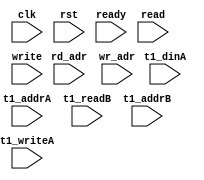
module ip_top_sva_2_nr1w_dup
  #(
parameter     WIDTH = 8,
parameter     NUMRDPT = 4,
parameter     NUMADDR = 8192,
parameter     BITADDR = 13,
parameter     NUMVROW = 256,
parameter     BITVROW = 8,
parameter     NUMCOLS = 4,
parameter     BITCOLS = 2,
parameter     NUMVBNK = 8,
parameter     BITVBNK = 3)
(
  input clk,
  input rst,
  input ready,
  input [NUMRDPT-1:0] read,
  input [NUMRDPT*BITADDR-1:0] rd_adr,
  input write,
  input [BITADDR-1:0]  wr_adr,
  input [NUMRDPT*NUMVBNK-1:0] t1_writeA,
  input [NUMRDPT*NUMVBNK*(BITVROW+BITCOLS)-1:0] t1_addrA,
  input [NUMRDPT*NUMVBNK*WIDTH-1:0] t1_dinA,
  input [NUMRDPT*NUMVBNK-1:0] t1_readB,
  input [NUMRDPT*NUMVBNK*(BITVROW+BITCOLS)-1:0] t1_addrB
);
`ifdef FORMAL
//synopsys translate_off

//assert_wr_range_check: assume property (@(posedge clk) disable iff (!ready) write |-> (wr_adr < NUMADDR));
genvar rd_int;
generate for (rd_int=0; rd_int<NUMRDPT; rd_int=rd_int+1) begin: rd_loop
  wire read_wire = read >> rd_int;
  wire [BITADDR-1:0] rd_adr_wire = rd_adr >> (rd_int*BITADDR);

  //assert_rd_range_check: assume property (@(posedge clk) disable iff (!ready) read_wire |-> (rd_adr_wire < NUMADDR));
end
endgenerate

genvar t1_vbnk_int, t1_prpt_int;
generate for (t1_vbnk_int=0; t1_vbnk_int<NUMVBNK; t1_vbnk_int=t1_vbnk_int+1) begin: t1_vbnk_loop
  for (t1_prpt_int=0; t1_prpt_int<NUMRDPT; t1_prpt_int=t1_prpt_int+1) begin: t1_prpt_loop
    wire t1_writeA_wire = t1_writeA >> (NUMRDPT*t1_vbnk_int+t1_prpt_int);
    wire [(BITVROW+BITCOLS)-1:0] t1_addrA_wire = t1_addrA >> ((NUMRDPT*t1_vbnk_int+t1_prpt_int)*(BITVROW+BITCOLS));
    wire [BITVROW-1:0] t1_rowA_wire = t1_addrA_wire >> BITCOLS;
    wire [BITCOLS-1:0] t1_colA_wire = t1_addrA_wire;
    wire [WIDTH-1:0] t1_dinA_wire = t1_dinA >> ((NUMRDPT*t1_vbnk_int+t1_prpt_int)*WIDTH);

    wire t1_readB_wire = t1_readB >> (NUMRDPT*t1_vbnk_int+t1_prpt_int);
    wire [(BITVROW+BITCOLS)-1:0] t1_addrB_wire = t1_addrB >> ((NUMRDPT*t1_vbnk_int+t1_prpt_int)*(BITVROW+BITCOLS));
    wire [BITVROW-1:0] t1_rowB_wire = t1_addrB_wire >> BITCOLS;
    wire [BITCOLS-1:0] t1_colB_wire = t1_addrB_wire;

    assert_t1_wr_range_check: assert property (@(posedge clk) disable iff (rst) t1_writeA_wire |-> (t1_addrA_wire < NUMVROW*NUMCOLS));
//    assert_t1_rd_range_check: assert property (@(posedge clk) disable iff (rst) t1_readB_wire |-> (t1_addrB_wire < NUMVROW*NUMCOLS));
//    assert_t1_rw_pseudo_check: assert property (@(posedge clk) disable iff (rst) (t1_writeA_wire && t1_readB_wire) |-> (t1_rowA_wire != t1_rowB_wire));
  end
end
endgenerate
//synopsys translate_on
`endif
endmodule


module ip_top_sva_nr1w_dup
  #(
parameter     WIDTH   = 32,
parameter     BITWDTH = 5,
parameter     ENAPAR = 0,
parameter     ENAECC = 0,
parameter     NUMRDPT = 2,
parameter     NUMADDR = 8192,
parameter     BITADDR = 13,
parameter     NUMVBNK = 8,
parameter     BITVBNK = 3,
parameter     BITPADR = 13,
parameter     NUMVROW = 256,
parameter     BITVROW = 8,
parameter     NUMCOLS = 4,
parameter     BITCOLS = 2,
parameter     SRAM_DELAY = 2,
parameter     FLOPIN = 0,
parameter     FLOPOUT = 0
   )
(
  input clk,
  input rst,
  input ready,
  input [NUMRDPT*NUMVBNK-1:0] t1_writeA,
  input [NUMRDPT*NUMVBNK*(BITVROW+BITCOLS)-1:0] t1_addrA,
  input [NUMRDPT*NUMVBNK*WIDTH-1:0] t1_dinA,
  input [NUMRDPT*NUMVBNK-1:0] t1_readB,
  input [NUMRDPT*NUMVBNK*(BITVROW+BITCOLS)-1:0] t1_addrB,
  input [NUMRDPT*NUMVBNK*WIDTH-1:0] t1_doutB,
  input [NUMRDPT*NUMVBNK-1:0] t1_fwrdB,
  input [NUMRDPT*NUMVBNK-1:0] t1_serrB,
  input [NUMRDPT*NUMVBNK-1:0] t1_derrB,
  input [NUMRDPT*NUMVBNK*(BITPADR-BITVBNK)-1:0] t1_padrB,
  input write,
  input [BITADDR-1:0]  wr_adr,
  input [WIDTH-1:0] din,
  input [NUMRDPT-1:0] read,
  input [NUMRDPT*BITADDR-1:0] rd_adr,
  input [NUMRDPT-1:0] rd_fwrd,
  input [NUMRDPT-1:0] rd_serr,
  input [NUMRDPT-1:0] rd_derr,
  input [NUMRDPT*BITPADR-1:0] rd_padr,
  input [NUMRDPT-1:0] rd_vld,
  input [NUMRDPT*WIDTH-1:0] rd_dout,
  input [BITADDR-1:0] select_addr,
  input [BITWDTH-1:0] select_bit
);
`ifdef FORMAL
//synopsys translate_off

wire [BITVBNK-1:0] select_bank;
wire [(BITVROW+BITCOLS)-1:0] select_vrow;
np2_addr #(
  .NUMADDR (NUMADDR), .BITADDR (BITADDR),
  .NUMVBNK (NUMVBNK), .BITVBNK (BITVBNK),
  .NUMVROW (NUMVROW*NUMCOLS), .BITVROW (BITVROW+BITCOLS))
  sel_adr (.vbadr(select_bank), .vradr(select_vrow), .vaddr(select_addr));

wire [BITVROW-1:0] select_row = select_vrow >> BITCOLS;
wire [BITCOLS-1:0] select_col = select_vrow;

reg [BITPADR-BITVBNK-1:0] t1_padrB_sel [0:NUMRDPT-1];
integer t1_padr_int;
always_comb
  for (t1_padr_int=0; t1_padr_int<NUMRDPT; t1_padr_int=t1_padr_int+1)
    t1_padrB_sel[t1_padr_int] = t1_padrB >> ((NUMRDPT*select_bank+t1_padr_int)*(BITPADR-BITVBNK));

reg t1_writeA_wire [0:NUMRDPT-1][0:NUMVBNK-1];
reg [(BITVROW+BITCOLS)-1:0] t1_addrA_wire [0:NUMRDPT-1][0:NUMVBNK-1];
reg [WIDTH-1:0] t1_dinA_wire [0:NUMRDPT-1][0:NUMVBNK-1];
reg t1_readB_wire [0:NUMRDPT-1][0:NUMVBNK-1];
reg [(BITVROW+BITCOLS)-1:0] t1_addrB_wire [0:NUMRDPT-1][0:NUMVBNK-1];
integer t1_prpt_int, t1_vbnk_int;
always_comb
  for (t1_vbnk_int=0; t1_vbnk_int<NUMVBNK; t1_vbnk_int=t1_vbnk_int+1) begin
    for (t1_prpt_int=0; t1_prpt_int<NUMRDPT; t1_prpt_int=t1_prpt_int+1) begin
      t1_writeA_wire[t1_prpt_int][t1_vbnk_int] = t1_writeA >> (NUMRDPT*t1_vbnk_int+t1_prpt_int);
      t1_addrA_wire[t1_prpt_int][t1_vbnk_int] = t1_addrA >> ((NUMRDPT*t1_vbnk_int+t1_prpt_int)*(BITVROW+BITCOLS));
      t1_dinA_wire[t1_prpt_int][t1_vbnk_int] = t1_dinA >> ((NUMRDPT*t1_vbnk_int+t1_prpt_int)*WIDTH);
      t1_readB_wire[t1_prpt_int][t1_vbnk_int] = t1_readB >> (NUMRDPT*t1_vbnk_int+t1_prpt_int);
      t1_addrB_wire[t1_prpt_int][t1_vbnk_int] = t1_addrB >> ((NUMRDPT*t1_vbnk_int+t1_prpt_int)*(BITVROW+BITCOLS));
    end
  end

reg read_wire [0:NUMRDPT-1];
reg [BITADDR-1:0] rd_adr_wire [0:NUMRDPT-1];
reg rd_vld_wire [0:NUMRDPT-1];
reg [WIDTH-1:0] rd_dout_wire [0:NUMRDPT-1];
reg rd_fwrd_wire [0:NUMRDPT-1];
reg rd_serr_wire [0:NUMRDPT-1];
reg rd_derr_wire [0:NUMRDPT-1];
reg [BITPADR-1:0] rd_padr_wire [0:NUMRDPT-1];
integer rd_int;
always_comb
  for (rd_int=0; rd_int<NUMRDPT; rd_int=rd_int+1) begin
    read_wire[rd_int] = read >> rd_int;
    rd_adr_wire[rd_int] = rd_adr >> (rd_int*BITADDR);
    rd_vld_wire[rd_int] = rd_vld >> rd_int;
    rd_dout_wire[rd_int] = rd_dout >> (rd_int*WIDTH);
    rd_fwrd_wire[rd_int] = rd_fwrd >> rd_int;
    rd_serr_wire[rd_int] = rd_serr >> rd_int;
    rd_derr_wire[rd_int] = rd_derr >> rd_int;
    rd_padr_wire[rd_int] = rd_padr >> (rd_int*BITPADR);
  end

reg meminv [0:NUMRDPT-1];
reg mem [0:NUMRDPT-1];
integer mem_int;
always @(posedge clk)
  for (mem_int=0; mem_int<NUMRDPT; mem_int=mem_int+1)
    if (rst)
      meminv[mem_int] <= 1'b1;
    else if (t1_writeA_wire[mem_int][select_bank] && (t1_addrA_wire[mem_int][select_bank] == select_vrow)) begin
      meminv[mem_int] <= 1'b0;
      mem[mem_int] <= t1_dinA_wire[mem_int][select_bank][select_bit];
    end
      
genvar memr_int;
generate for (memr_int=0; memr_int<NUMRDPT; memr_int=memr_int+1) begin: memr_loop
  assert_pdout_check: assert property (@(posedge clk) disable iff (rst)
				       (t1_readB_wire[memr_int][select_bank] && (t1_addrB_wire[memr_int][select_bank] == select_vrow)) |-> ##SRAM_DELAY
                                       ($past(meminv[memr_int],SRAM_DELAY) || (t1_doutB[(select_bank*NUMRDPT+memr_int)*WIDTH+select_bit] == $past(mem[memr_int],SRAM_DELAY))));
end
endgenerate

reg fakememinv;
reg fakemem;
always @(posedge clk)
  if (rst) 
    fakememinv <= 1'b1;
  else if (write && (wr_adr == select_addr)) begin
    fakememinv <= 1'b0;
    fakemem <= din[select_bit];
  end

genvar fake_int;
generate if (FLOPIN) begin: fake_flp_loop
  for (fake_int=0; fake_int<NUMRDPT; fake_int=fake_int+1) begin: fake_loop
    assert_fakemem_check: assert property (@(posedge clk) disable iff (rst) 1'b1 |-> ##1
					   ($past(fakememinv) || ($past(fakemem) == (core.select_vld[fake_int] ? core.select_dat[fake_int] : mem[fake_int]))));
  end
end else begin: fake_noflp_loop
  for (fake_int=0; fake_int<NUMRDPT; fake_int=fake_int+1) begin: fake_loop
    assert_fakemem_check: assert property (@(posedge clk) disable iff (rst)
					   (fakememinv || (fakemem == (core.select_vld[fake_int] ? core.select_dat[fake_int] : mem[fake_int]))));
  end
end
endgenerate

genvar doutr_int;
generate for (doutr_int=0; doutr_int<NUMRDPT; doutr_int=doutr_int+1) begin: doutr_loop
  wire read_wire = read >> doutr_int;
  wire [BITADDR-1:0] rd_adr_wire = rd_adr >> (doutr_int*BITADDR);
  wire rd_vld_wire = rd_vld >> doutr_int;
  wire [WIDTH-1:0] rd_dout_wire = rd_dout >> (doutr_int*WIDTH);
  wire rd_fwrd_wire = rd_fwrd >> doutr_int;
  wire rd_serr_wire = rd_serr >> doutr_int;
  wire rd_derr_wire = rd_derr >> doutr_int;
  wire [BITPADR-1:0] rd_padr_wire = rd_padr >> (doutr_int*BITPADR);

  wire t1_fwrdB_sel_wire = t1_fwrdB >>  (NUMVBNK*doutr_int+select_bank);
  wire t1_serrB_sel_wire = t1_serrB >>  (NUMVBNK*doutr_int+select_bank);
  wire t1_derrB_sel_wire = t1_derrB >>  (NUMVBNK*doutr_int+select_bank);
  wire [BITPADR-BITVBNK-1:0] t1_padrB_sel_wire = t1_padrB >> ((NUMVBNK*doutr_int+select_bank)*(BITPADR-BITVBNK));

  assert_dout_check: assert property (@(posedge clk) disable iff (rst) (read_wire && (rd_adr_wire == select_addr)) |-> ##(FLOPIN+SRAM_DELAY+FLOPOUT)
                                      (rd_vld_wire && ($past(fakememinv,FLOPIN+SRAM_DELAY+FLOPOUT) ||
                                                       (!rd_fwrd_wire && (ENAPAR ? rd_serr_wire : ENAECC ? rd_derr_wire : 1'b0)) ||
                                                       (rd_dout_wire[select_bit] == $past(fakemem,FLOPIN+SRAM_DELAY+FLOPOUT)))));
  assert_fwrd_check: assert property (@(posedge clk) disable iff (rst) (read_wire && (rd_adr_wire == select_addr)) |-> ##(FLOPIN+SRAM_DELAY+FLOPOUT)
                                      ($past(fakememinv,FLOPIN+SRAM_DELAY+FLOPOUT) ||
                                       $past(fakemem==mem[doutr_int],FLOPIN+SRAM_DELAY+FLOPOUT) || rd_fwrd_wire) &&
                                      (rd_fwrd_wire || !(FLOPOUT ? $past(t1_fwrdB_sel_wire) : t1_fwrdB_sel_wire)));
  assert_derr_check: assert property (@(posedge clk) disable iff (rst) (read_wire && (rd_adr_wire == select_addr)) |-> ##(FLOPIN+SRAM_DELAY+FLOPOUT)
                                      ($past(fakememinv,FLOPIN+SRAM_DELAY+FLOPOUT) ||
                                       ((rd_serr_wire == (FLOPOUT ? $past(t1_serrB_sel_wire) : t1_serrB_sel_wire)) &&
                                        (rd_derr_wire == (FLOPOUT ? $past(t1_derrB_sel_wire) : t1_derrB_sel_wire)))));
  assert_padr_check: assert property (@(posedge clk) disable iff (rst) (read_wire && (rd_adr_wire == select_addr)) |-> ##(FLOPIN+SRAM_DELAY+FLOPOUT)
                                      (rd_padr_wire == {select_bank,(FLOPOUT ? $past(t1_padrB_sel_wire) : t1_padrB_sel_wire)}));


end
endgenerate
//synopsys translate_on
`endif
endmodule